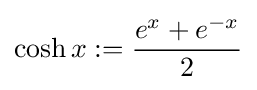
\cosh x:={\frac {e^{x}+e^{-x}}{2}}